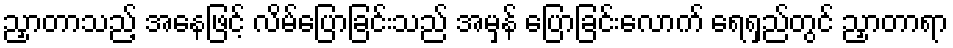
ညှာတာသည့် အနေဖြင့် လိမ်ပြောခြင်းသည် အမှန် ပြောခြင်းလောက် ရေရှည်တွင် ညှာတာရာ